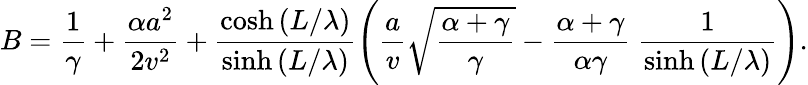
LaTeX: B=\frac{1}{\gamma}+\frac{\alpha a^{2}}{2v^{2}}+\frac{\cosh{(L/\lambda)}}{\sinh{(L/\lambda)}}\Bigg(\frac{a}{v}\sqrt{\frac{\alpha+\gamma}{\gamma}}-\frac{\alpha+\gamma}{\alpha\gamma}\ \frac{1}{\sinh{(L/\lambda)}}\Bigg).